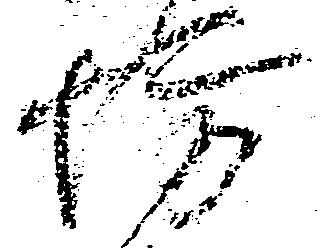
坊